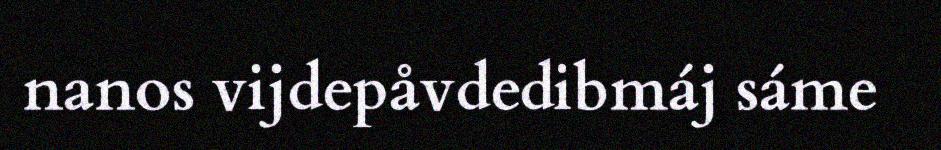
nanos vijdepåvdedibmáj sáme